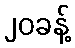
၂၀ခန့်